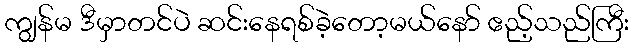
ကျွန်မ ဒီမှာတင်ပဲ ဆင်းနေရစ်ခဲ့တော့မယ်နော် ဧည့်သည်ကြီး